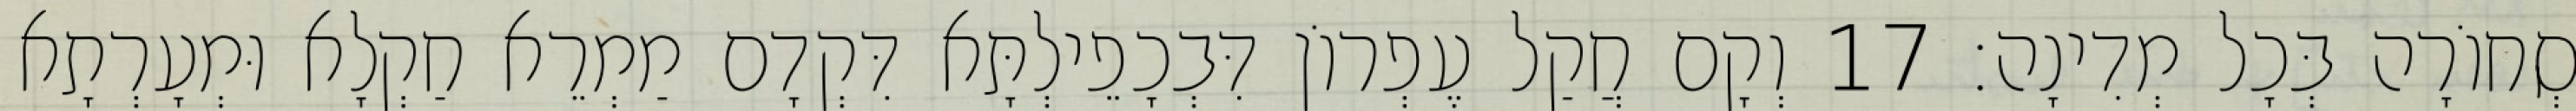
סְחוֹרָה בְּכָל מְדִינָה׃ 17 וְקָם חֲקַל עֶפְרוֹן דִּבְכָפֵילְתָּא דִּקְדָם מַמְרֵא חַקְלָא וּמְעָרְתָא